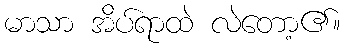
မာသာ အိပ်ရာထဲ လဲတော့၏။